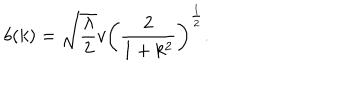
b ( k ) = \sqrt { \frac { \lambda } { 2 } } v \left( \frac { 2 } { 1 + k ^ { 2 } } \right) ^ { \frac { 1 } { 2 } } .